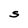
Character: S